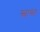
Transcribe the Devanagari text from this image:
स्वास्त